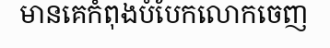
មានគេកំពុងបំបែកលោកចេញ